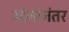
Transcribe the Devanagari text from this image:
उद्दंनांनंतर